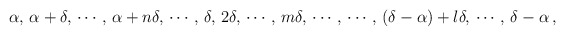
\begin{align*}\alpha,\, \alpha+\delta,\, \cdots,\, \alpha+n\delta,\, \cdots,\,\delta,\, 2\delta,\, \cdots,\,m\delta,\, \cdots\,,\, \cdots\,,\, (\delta-\alpha)+l\delta,\, \cdots\,, \, \delta-\alpha\,,\end{align*}